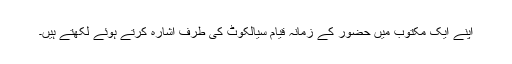
اپنے ایک مکتوب میں حضور کے زمانہ قیام سیالکوٹ کی طرف اشارہ کرتے ہوئے لکھتے ہیں۔